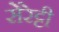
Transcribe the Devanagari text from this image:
सेरेट्टी